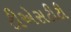
ટીએસટીટી